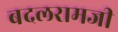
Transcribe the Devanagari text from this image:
बदलरामजी